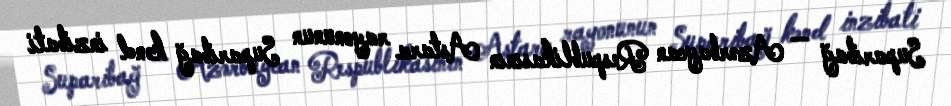
Suparibağ — Azərbaycan Respublikasının Astara rayonunun Suparibağ kənd inzibati